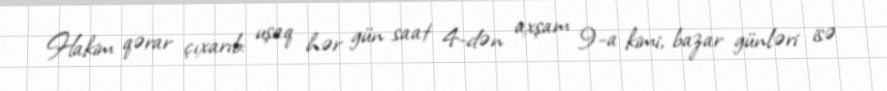
Hakim qərar çıxarıb: uşaq hər gün saat 4-dən axşam 9-a kimi, bazar günləri isə